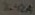
Text: 3.42A